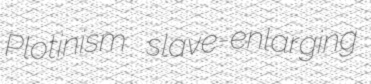
Plotinism slave-enlarging